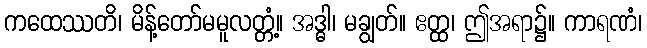
ကထေဿတိ၊ မိန့်တော်မမူလတ္တံ့။ အဒ္ဓါ၊ မချွတ်။ ဧတ္ထ၊ ဤအရာ၌။ ကာရဏံ၊